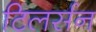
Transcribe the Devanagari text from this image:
टिलर्सन